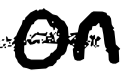
Text: on
Cross-out: single-line
Writing tool: digital_black